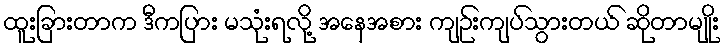
ထူးခြားတာက ဒီကပြား မသုံးရလို့ အနေအစား ကျဉ်းကျပ်သွားတယ် ဆိုတာမျိုး